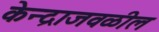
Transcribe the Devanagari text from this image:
केन्द्राजवळील